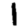
Digit: 1